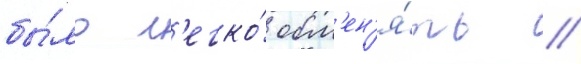
бы́ло л'егко́ обм'ен'я́ть /